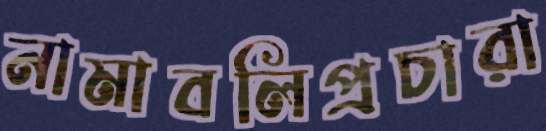
নামাবলিপ্রচারা